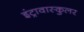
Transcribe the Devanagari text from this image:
इंट्रावास्कुलर